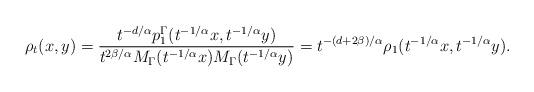
LaTeX: \begin{align*}\rho_t(x,y) = \frac{t^{-d/\alpha}p_1^{\Gamma}(t^{-1/\alpha}x,t^{-1/\alpha}y)}{t^{2\beta/\alpha}M_{\Gamma}(t^{-1/\alpha}x)M_{\Gamma}(t^{-1/\alpha}y)} = t^{-(d+2\beta)/\alpha} \rho_1 (t^{-1/\alpha}x,t^{-1/\alpha}y).\end{align*}